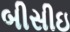
બીસીઇ